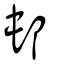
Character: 邨